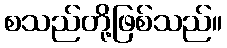
စသည်တို့ဖြစ်သည်။